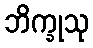
ဘိက္ခုသု